Trukikaitis_Postimees, lk 16
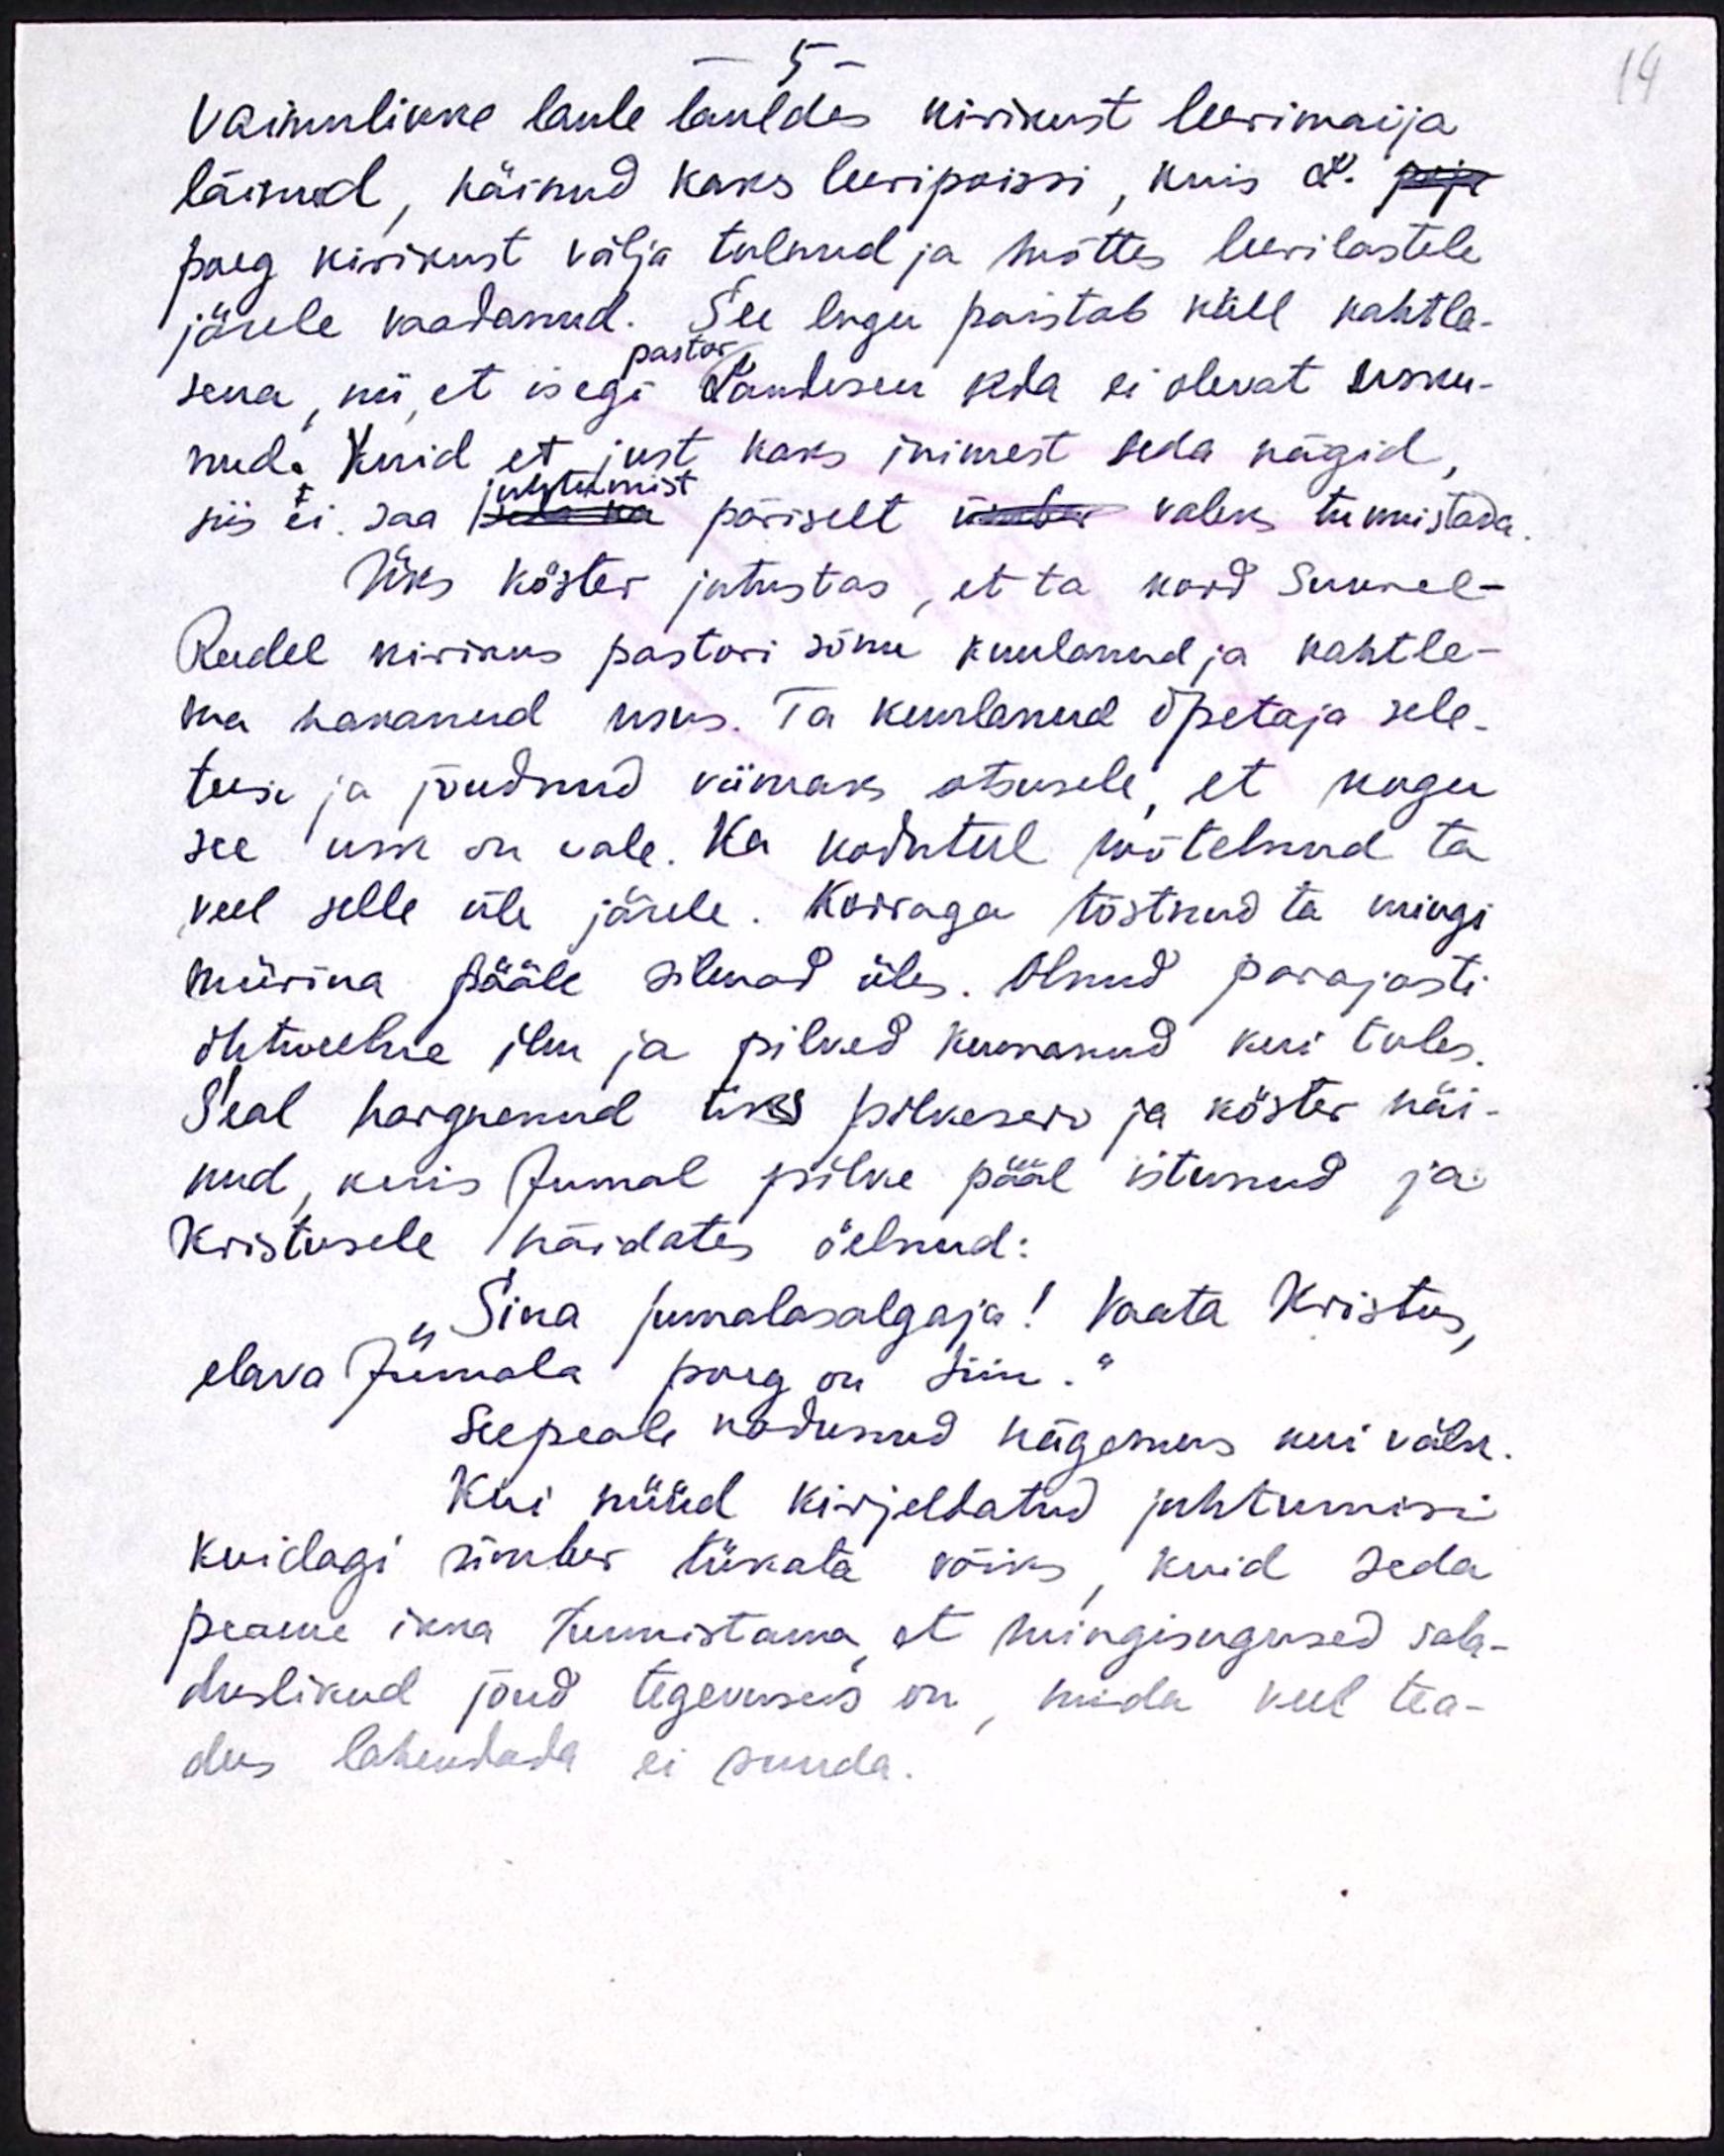
Vaimulikke laule lauldes kirikust leerimaija
läinud, näinud kaks leeripoissi, kuis L. poja
poeg kirikust välja tulnud ja mõttes leerilastele
järele vaadanud. See lugu paistab küll kahtla-
pastor
sena, nii, et isegi Landesen seda ei olevat usku-
nud. Kuid et just kaks inimest seda nägid
siis ei saa seda ka päriselt ümber valeks tunnistada
juhtumist
Üks köster jutustas, et ta kord Suurel-
Reedel kirikus pastori sõnu kuulanud ja kahtle-
ma hakanud usus. Ta kuulanud õpetaja sele-
tusi ja jõudnud viimaks otsusele, et kogu
see usk on vale. Ka koduteel mõtelnud ta
veel selle üle järele. Korraga tõstnud ta mingi
mürina pääle silmad üles. Olnud parajasti
õhtueelne ilm ja pilved keeranud kui tules.
Seal hargnenud üks pilveserv ja köster näi-
nud, kuis Jumal pilve pääl istunud ja
Kristusele näidates öelnud:
Sina jumalasalgaja! Vaata Kristus,
elava Jumala poeg on siin."
Seepeale kadunud nägemus kui välk.
Kui nüüd kirjeldatud juhtumisi
kuidagi ümber lükata võiks, kuid seda
peame ikka tunnistama, et mingisugused sala-
duslikud jõud tegevuseks on, mida veel tea-
dus lahendada ei suuda.